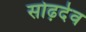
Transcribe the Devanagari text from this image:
सोढ़देव